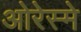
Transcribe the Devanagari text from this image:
ओरेस्मे